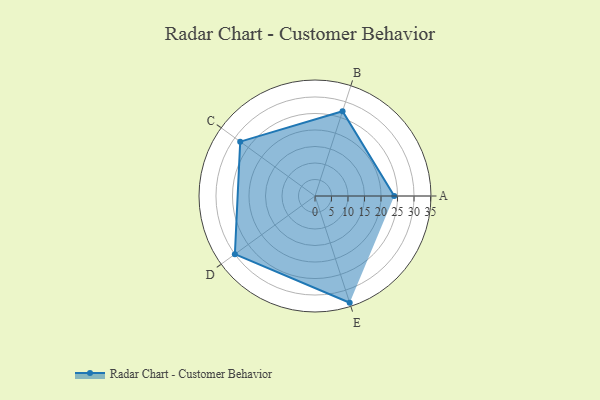
{"axis": {"x": "Skill", "y": "Score"}, "legend": ["Profile"], "data": [{"x": "A", "y": 24.0, "type": "Profile"}, {"x": "B", "y": 27.0, "type": "Profile"}, {"x": "C", "y": 28.0, "type": "Profile"}, {"x": "D", "y": 30.0, "type": "Profile"}, {"x": "E", "y": 34.0, "type": "Profile"}]}